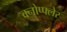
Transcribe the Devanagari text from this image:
क्नोप्फ्लेर